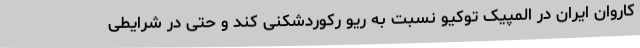
کاروان ایران در المپیک توکیو نسبت به ریو رکوردشکنی کند و حتی در شرایطی